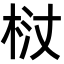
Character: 𭩻